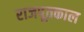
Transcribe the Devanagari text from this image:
राजपूतकाल